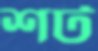
শট